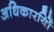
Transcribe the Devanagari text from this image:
अधिकारयिों